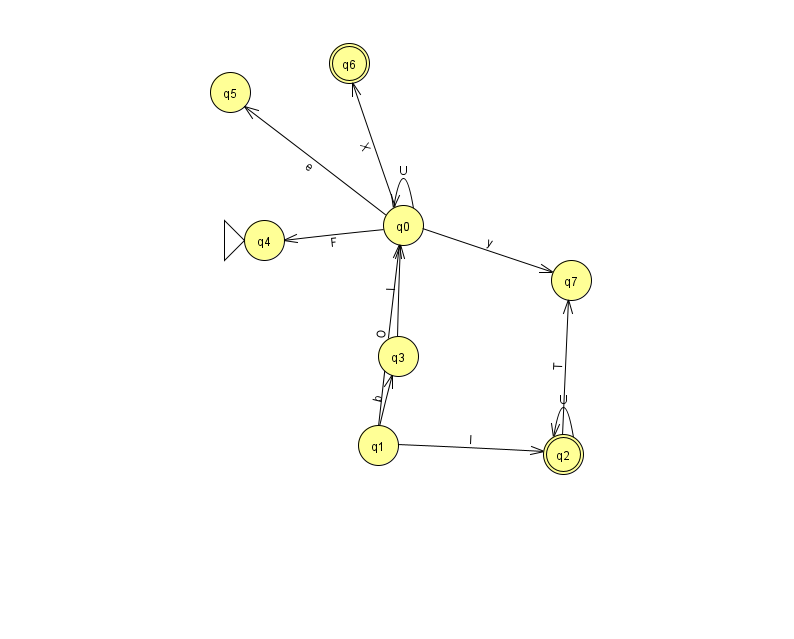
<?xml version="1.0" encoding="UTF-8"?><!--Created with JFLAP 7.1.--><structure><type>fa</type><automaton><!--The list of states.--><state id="0" name="q0"><x>403.0</x><y>212.0</y></state><state id="1" name="q1"><x>378.0</x><y>432.0</y></state><state id="2" name="q2"><x>563.0</x><y>441.0</y><final/></state><state id="3" name="q3"><x>398.0</x><y>343.0</y></state><state id="4" name="q4"><x>264.0</x><y>227.0</y><initial/></state><state id="5" name="q5"><x>230.0</x><y>79.0</y></state><state id="6" name="q6"><x>349.0</x><y>50.0</y><final/></state><state id="7" name="q7"><x>571.0</x><y>267.0</y></state><!--The list of transitions.--><transition><from>0</from><to>7</to><read>y</read></transition><transition><from>0</from><to>5</to><read>e</read></transition><transition><from>0</from><to>6</to><read>X</read></transition><transition><from>0</from><to>0</to><read>U</read></transition><transition><from>2</from><to>2</to><read>U</read></transition><transition><from>1</from><to>0</to><read>O</read></transition><transition><from>2</from><to>7</to><read>T</read></transition><transition><from>1</from><to>2</to><read>I</read></transition><transition><from>1</from><to>3</to><read>b</read></transition><transition><from>3</from><to>0</to><read>l</read></transition><transition><from>0</from><to>4</to><read>F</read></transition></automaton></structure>